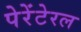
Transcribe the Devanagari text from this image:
पेरेंटेरल